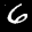
Label: 6